Scientific memoirs by medical officers of the Army of India - Part IX,
Year: 1895
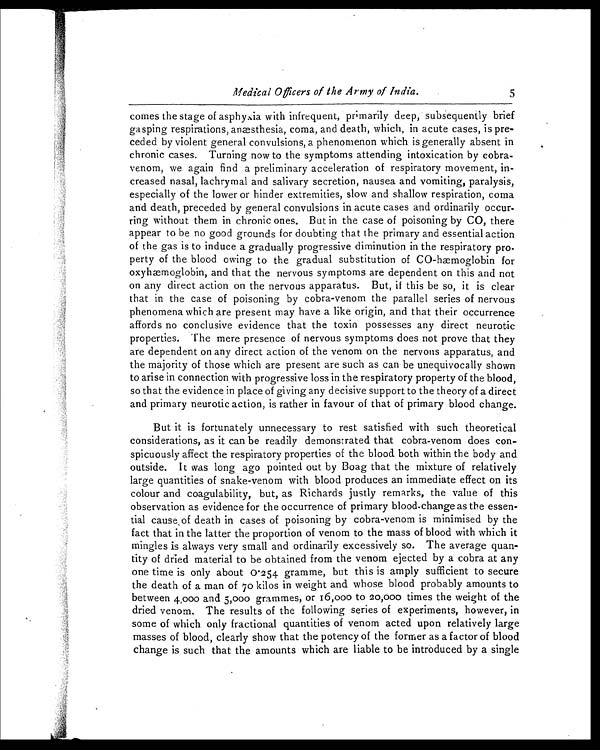
Medical Officers of the Army of India.
5
comes the stage of asphyxia with infrequent, primarily deep, subsequently brief
gasping respirations, anæsthesia, coma, and death, which, in acute cases, is pre
-ceded by violent general convulsions, a phenomenon which is generally absent in
chronic cases. Turning now to the symptoms attending intoxication by cobra-
venom, we again find a preliminary acceleration of respiratory movement, in
-creased nasal, lachrymal and salivary secretion, nausea and vomiting, paralysis,
especially of the lower or hinder extremities, slow and shallow respiration, coma
and death, preceded by general convulsions in acute cases and ordinarily occur
-ring without them in chronic ones. But in the case of poisoning by CO, there
appear to be no good grounds for doubting that the primary and essential action
of the gas is to induce a gradually progressive diminution in the respiratory pro
-perty of the blood owing to the gradual substitution of CO-hæmoglobin for
oxyhæmoglobin, and that the nervous symptoms are dependent on this and not
on any direct action on the nervous apparatus. But, if this be so, it is clear
that in the case of poisoning by cobra-venom the parallel series of nervous
phenomena which are present may have a like origin, and that their occurrence
affords no conclusive evidence that the toxin possesses any direct neurotic
properties. The mere presence of nervous symptoms does not prove that they
are dependent on any direct action of the venom on the nervous apparatus, and
the majority of those which are present are such as can be unequivocally shown
to arise in connection with progressive loss in the respiratory property of the blood,
so that the evidence in place of giving any decisive support to the theory of a direct
and primary neurotic action, is rather in favour of that of primary blood change.
But it is fortunately unnecessary to rest satisfied with such theoretical
considerations, as it can be readily demonstrated that cobra-venom does con
-spicuously affect the respiratory properties of the blood both within the body and
outside. It was long ago pointed out by Boag that the mixture of relatively
large quantities of snake-venom with blood produces an immediate effect on its
colour and coagulability, but, as Richards justly remarks, the value of this
observation as evidence for the occurrence of primary blood-change as the essen
-tial cause, of death in cases of poisoning by cobra-venom is minimised by the
fact that in the latter the proportion of venom to the mass of blood with which it
mingles is always very small and ordinarily excessively so. The average quan
-tity of dried material to be obtained from the venom ejected by a cobra at any
one time is only about 0.254 gramme, but this is amply sufficient to secure
the death of a man of 70 kilos in weight and whose blood probably amounts to
between 4,000 and 5,
000 grammes, or 16,000 to 20,000 times the weight of the
dried venom. The results of the following series of experiments, however, in
some of which only fractional quantities of venom acted upon relatively large
masses of blood, clearly show that the potency of the former as a factor of blood
change is such that the amounts which are liable to be introduced by a single